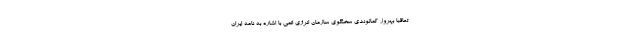
تعاقباً بهروز کمالوندی سخنگوی سازمان انرژی اتمی با اشاره به نامه ایران